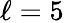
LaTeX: \ell=5